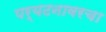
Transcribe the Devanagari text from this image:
पर्यटनावरचा